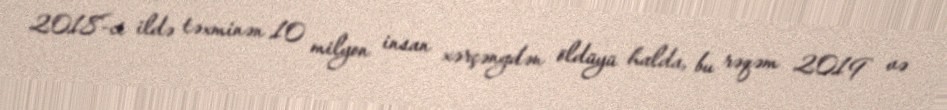
2018-ci ildə təxminən 10 milyon insan xərçəngdən öldüyü halda, bu rəqəm 2019 və